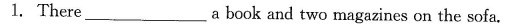
1. There___a book and two magazines on the sofa.